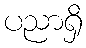
ပညာရှိ